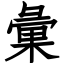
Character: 彙